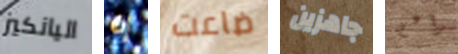
اليانكيز إن ضاعت جاهزين براعم